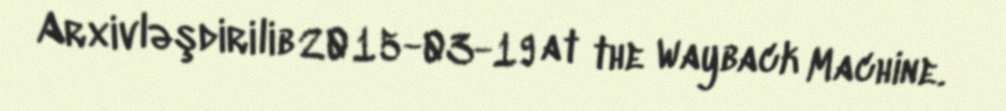
Arxivləşdirilib 2015-03-19 at the Wayback Machine.